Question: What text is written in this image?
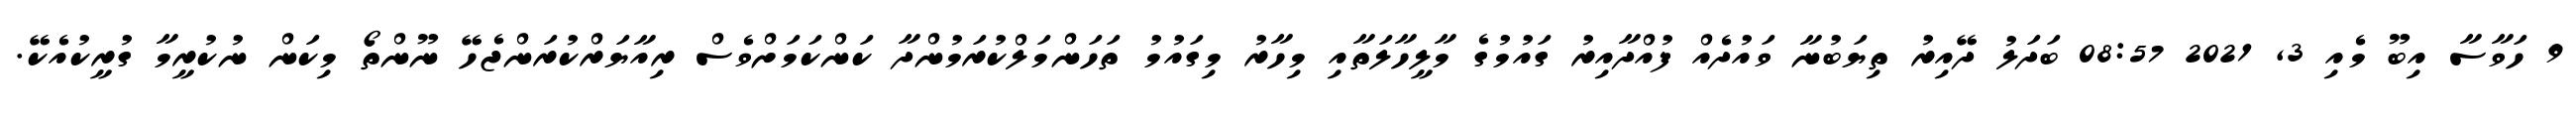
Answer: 9 ހަވާސާ އިބޫ މެއި 3, 2021 08:57 ބަދަލު ދޭއިރު ތިޔަބުނާ ވައުދެއް ފުއްދާއިރު ގައުމުގެ މާލީހާލަތާއި މިހާރު މިގައުމު ތަހަންމަލްކުރަމުންދާ ކަންކަމަށްވެސް ރިއާޔަރްކުރަންޖެހޭ ނޫންތޯ މިކަން ނުކުރީމާ ގުރީކުއެކޭ.